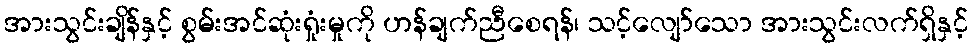
အားသွင်းချိန်နှင့် စွမ်းအင်ဆုံးရှုံးမှုကို ဟန်ချက်ညီစေရန်၊ သင့်လျော်သော အားသွင်းလက်ရှိနှင့်